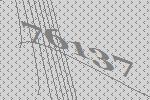
76137